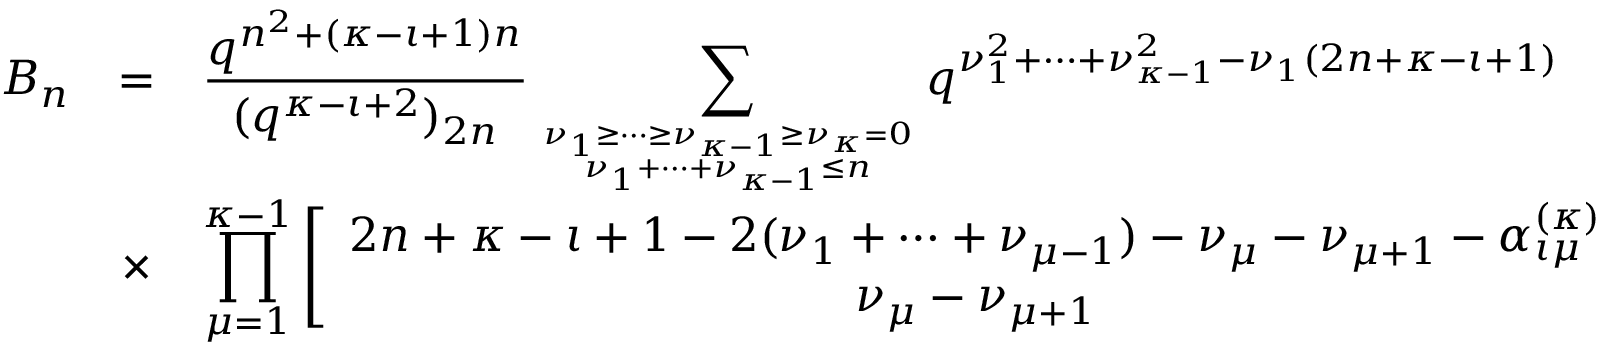
\begin{array} { r c l } { { B _ { n } } } & { { = } } & { { \displaystyle \frac { q ^ { n ^ { 2 } + ( \kappa - \iota + 1 ) n } } { ( q ^ { \kappa - \iota + 2 } ) _ { 2 n } } \sum _ { { \nu _ { 1 } \geq \cdots \geq \nu _ { \kappa - 1 } \geq \nu _ { \kappa } = 0 } \atop { \nu _ { 1 } + \cdots + \nu _ { \kappa - 1 } \leq n } } q ^ { \nu _ { 1 } ^ { 2 } + \cdots + \nu _ { \kappa - 1 } ^ { 2 } - \nu _ { 1 } ( 2 n + \kappa - \iota + 1 ) } } } \\ { { } } & { { \times } } & { { \displaystyle \prod _ { \mu = 1 } ^ { \kappa - 1 } \left[ \begin{array} { c } { { 2 n + \kappa - \iota + 1 - 2 ( \nu _ { 1 } + \cdots + \nu _ { \mu - 1 } ) - \nu _ { \mu } - \nu _ { \mu + 1 } - \alpha _ { \iota \mu } ^ { ( \kappa ) } } } \\ { { \nu _ { \mu } - \nu _ { \mu + 1 } } } \end{array} \right] _ { q } . } } \end{array}